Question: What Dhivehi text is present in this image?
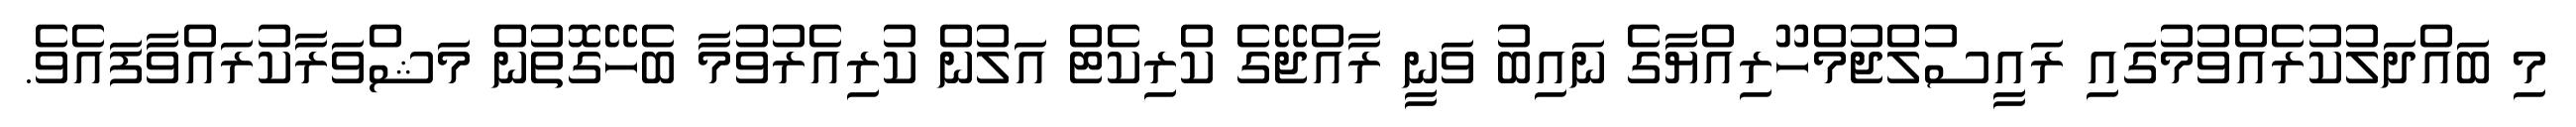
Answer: މި ބައްދަލުކުރެއްވުމުގައި ރައީސުލްޖުމްހޫރިއްޔާގެ ނައިބު ވަނީ ރާއްޖޭގެ ކްރިކެޓް އަލުން ކުރިއެރުވުމާ ބެހޭގޮތުން މަޝްވަރާކުރައްވާފައެވެ.